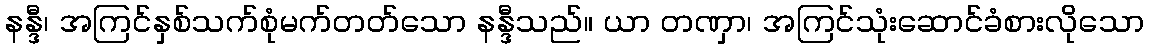
နန္ဒီ၊ အကြင်နှစ်သက်စုံမက်တတ်သော နန္ဒီသည်။ ယာ တဏှာ၊ အကြင်သုံးဆောင်ခံစားလိုသော